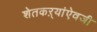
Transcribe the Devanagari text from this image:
शेतकऱ्यांऐवजी